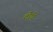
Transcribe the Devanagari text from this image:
दोघें